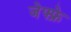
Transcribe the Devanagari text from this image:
जेफ्फ्रे